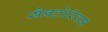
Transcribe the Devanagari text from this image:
सैनटोरियम